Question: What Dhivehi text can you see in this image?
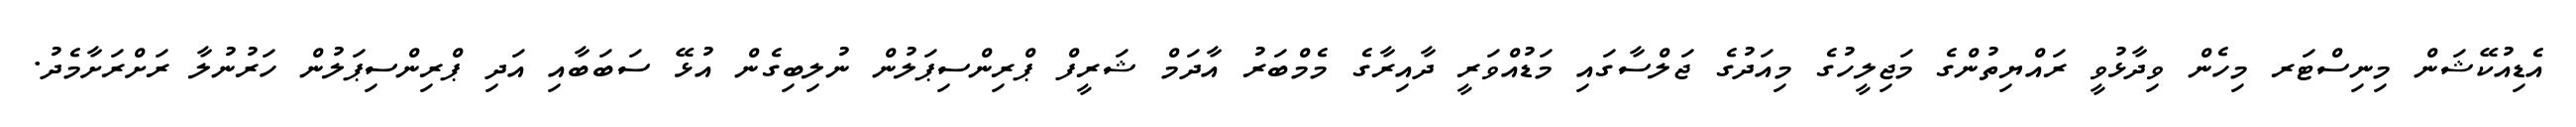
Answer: އެޑިއުކޭޝަން މިނިސްޓަރ މިހެން ވިދާޅުވީ ރައްޔިތުންގެ މަޖިލީހުގެ މިއަދުގެ ޖަލްސާގައި މަޑުއްވަރީ ދާއިރާގެ މެމްބަރު އާދަމް ޝަރީފް ޕްރިންސިޕަލުން ނުލިބިގެން އުޅޭ ސަބަބާއި އަދި ޕްރިންސިޕަލުން ހަރުނުލާ ރަށްރަށާމެދު.